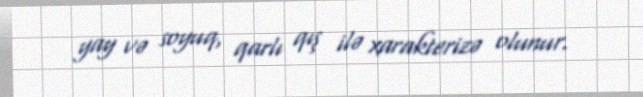
yay və soyuq, qarlı qış ilə xarakterizə olunur.